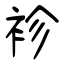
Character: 袗